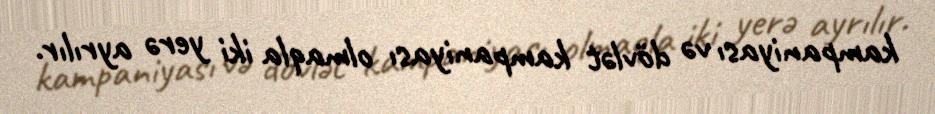
kampaniyası və dövlət kampaniyası olmaqla iki yerə ayrılır.